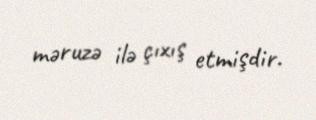
məruzə ilə çıxış etmişdir.